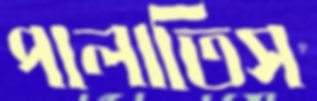
পালাতিস